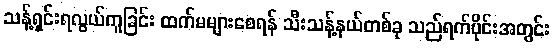
သန့်ရှင်းရလွယ်ကူခြင်း ထက်မများစေရန် သီးသန့်နယ်တစ်ခု သည်ရက်ပိုင်းအတွင်း